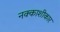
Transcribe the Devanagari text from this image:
नक्काशीकार